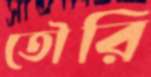
তৌরি